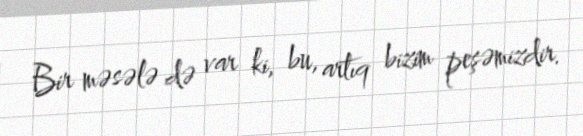
Bir məsələ də var ki, bu, artıq bizim peşəmizdir.